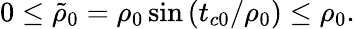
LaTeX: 0\leq\tilde{\rho}_{0}=\rho_{0}\sin\left(t_{c0}/\rho_{0}\right)\leq\rho_{0}.